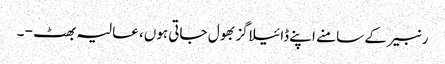
رنبیر کے سامنے اپنے ڈائیلاگز بھول جاتی ہوں، عالیہ بھٹ - ۔